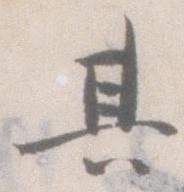
其